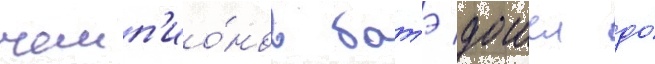
чемп'ио́нов батэ дошел до́